Civil Veterinary Dept. North-West Frontier Province 1933-46 - 1933-1946
Year: 1933
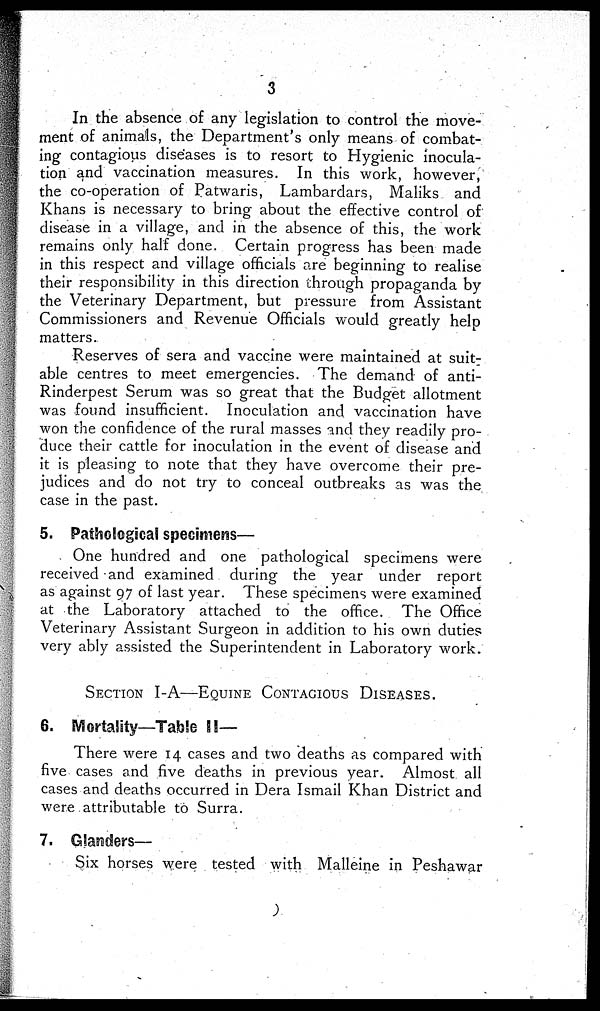
3
In the absence of any legislation to control the move-
ment of animals, the Department's only means of combat-
ing contagious diseases is to resort to Hygienic inocula-
tion and vaccination measures. In this work, however,
the co-operation of Patwaris, Lambardars, Maliks and
Khans is necessary to bring about the effective control of
disease in a village, and in the absence of this, the work
remains only half done. Certain progress has been made
in this respect and village officials are beginning to realise
their responsibility in this direction through propaganda by
the Veterinary Department, but pressure from Assistant
Commissioners and Revenue Officials would greatly help
matters.
Reserves of sera and vaccine were maintained at suit-
able centres to meet emergencies. The demand of anti-
Rinderpest Serum was so great that the Budget allotment
was found insufficient. Inoculation and vaccination have
won the confidence of the rural masses and they readily pro-
duce their cattle for inoculation in the event of disease and
it is pleasing to note that they have overcome their pre-
judices and do not try to conceal outbreaks as was the
case in the past.
5. Pathological specimens—
One hundred and one pathological specimens were
received and examined during the year under report
as against 97 of last year. These specimens were examined
at the Laboratory attached to the office. The Office
Veterinary Assistant Surgeon in addition to his own duties
very ably assisted the Superintendent in Laboratory work.
SECTION I-A—EQUINE CONTAGIOUS DISEASES.
6. Mortality—Table II—
There were 14 cases and two deaths as compared with
five cases and five deaths in previous year. Almost all
cases and deaths occurred in Dera Ismail Khan District and
were attributable to Surra.
7. Glanders—
Six horses were tested with Malleine in Peshawar